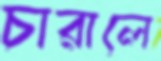
চারালে